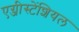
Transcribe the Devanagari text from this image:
एग्जीस्टेंशियल